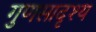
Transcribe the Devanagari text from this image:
गुणसादृश्य